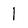
Character: 1